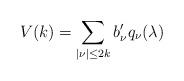
LaTeX: \begin{align*} V(k)=\sum_{|\nu|\leq 2k}b_{\nu}' q_\nu(\lambda)\end{align*}